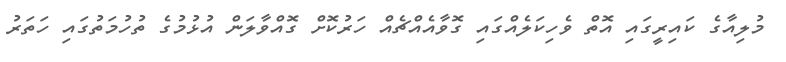
މުލިއާގެ ކައިރީގައި އޮތް ވެހިކަލެއްގައި ގޮވާއެއްޗެއް ހަރުކޮށް ގޮއްވާލަން އުޅުމުގެ ތުހުމަތުގައި ހަތަރު